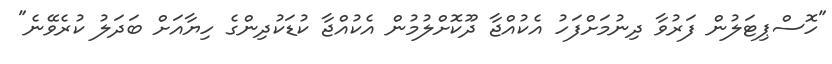
"ހޮސްޕިޓަލުން ފަރުވާ ދިނުމަށްފަހު އެކުއްޖާ ދޫކޮށްލުމުން އެކުއްޖާ ކުޑަކުދިންގެ ހިޔާއަށް ބަދަލު ކުރެވޭނެ"